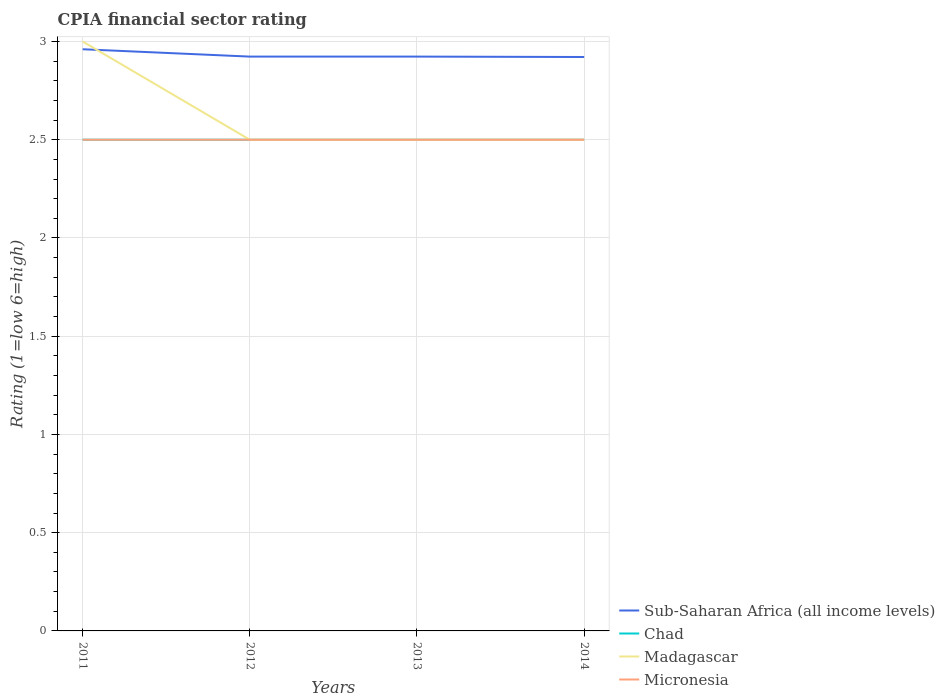
| Years | Sub-Saharan Africa (all income levels) | Chad | Madagascar | Micronesia |
 | --- | --- | --- | --- | --- |
 | 2011 | 2.96 | 2.5 | 3 | 2.5 |
 | 2012 | 2.92 | 2.5 | 2.5 | 2.5 |
 | 2013 | 2.92 | 2.5 | 2.5 | 2.5 |
 | 2014 | 2.92 | 2.5 | 2.5 | 2.5 |